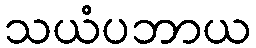
သယံပဘာယ